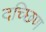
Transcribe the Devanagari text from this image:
दच्छिण